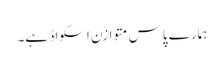
ہمارے پاس متوازن اسکواڈ ہے۔